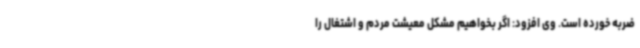
ضربه خورده است. وی افزود: اگر بخواهیم مشکل معیشت مردم و اشتغال را